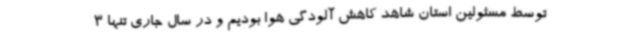
توسط مسئولین استان شاهد کاهش آلودگی هوا بودیم و در سال جاری تنها 3